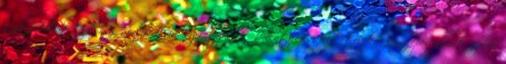
szakápolókat, diplomás ápolókat,idősgondozókat. Jelentkezési feltételek: - fényképes német nyelvû